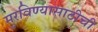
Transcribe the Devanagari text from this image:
मुरविण्यासाठीची